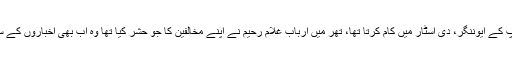
ان دنوں میں ڈان گروپ کے ایوننگر، دی اسٹار میں کام کرتا تھا، تھر میں ارباب غلام رحیم نے اپنے مخالفین کا جو حشر کیا تھا وہ اب بھی اخباروں کے سینے میں محفوظ ہے۔